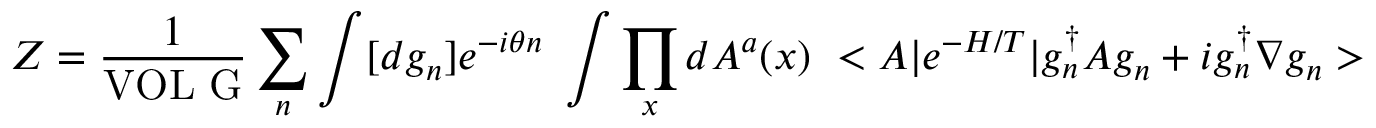
Z = \frac { 1 } { \mathrm { V O L ~ G } } \sum _ { n } \int [ d g _ { n } ] e ^ { - i \theta n } ~ \int \prod _ { x } d A ^ { a } ( x ) ~ < A \vert e ^ { - H / T } \vert g _ { n } ^ { \dagger } A g _ { n } + i g _ { n } ^ { \dagger } \nabla g _ { n } >